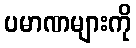
ပမာဏများကို